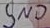
Text: GND